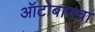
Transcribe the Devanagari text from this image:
ऑटोबानचा